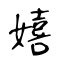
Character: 嬉